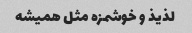
لذیذ و خوشمزه مثل همیشه